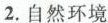
2.自然环境